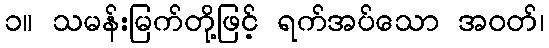
၁။ သမန်းမြက်တို့ဖြင့် ရက်အပ်သော အဝတ်၊